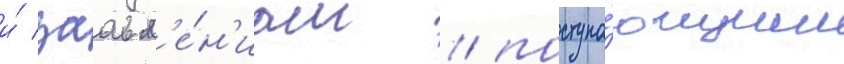
и́ заавл'е́н'иам / поступа́ющим